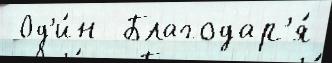
 Од'и́н  Благодар'я́